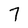
Character: 7